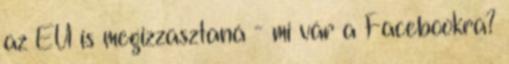
az EU is megizzasztaná - mi vár a Facebookra?